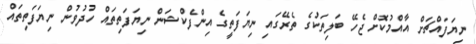
ނިޔަފައްޗަށް އާއްމުކޮށް ޖެހޭ ބަލިތަކުގެ ތެރޭގައި ނިޔަފަތީގެ އިންފެކްޝަން ނިޔަފަތިތައް ހުދުވުން ނިޔަފަތިތައް